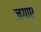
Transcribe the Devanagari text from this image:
जगाए